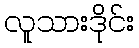
လူသားဒိုင်း